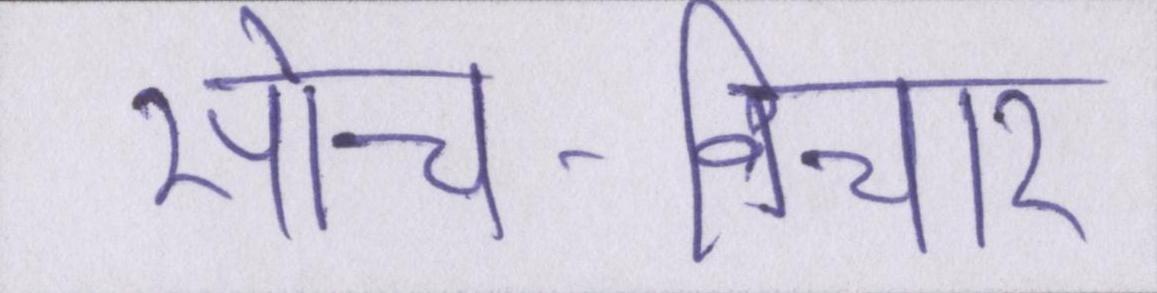
सोच-विचार